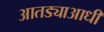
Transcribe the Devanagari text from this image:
आतड्याआधी